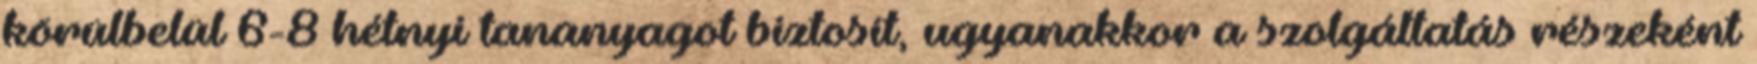
körülbelül 6-8 hétnyi tananyagot biztosít, ugyanakkor a szolgáltatás részeként